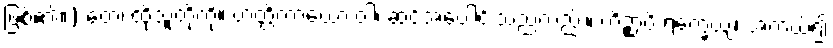
ဖြစ်၏။) တေ၊ ထိုသူတို့ကို။ ဟတ္ထိကာယော ဝါ၊ ဆင်အပေါင်းသည်လည်း။ ကိဉ္စာပိ ရက္ခေယျ၊ အကယ်၍